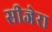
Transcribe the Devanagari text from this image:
सीजेरा